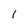
Character: 1